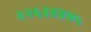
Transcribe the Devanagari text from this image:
२२६३४४७५